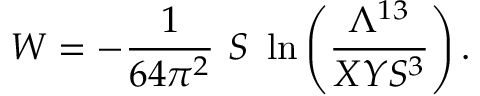
W = - { \frac { 1 } { 6 4 \pi ^ { 2 } } } \ S \ \ln \left( { \frac { \Lambda ^ { 1 3 } } { X Y S ^ { 3 } } } \right) .